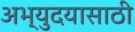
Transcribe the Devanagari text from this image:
अभ्युदयासाठी